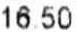
16.50